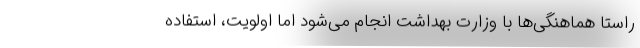
راستا هماهنگی‌ها با وزارت بهداشت انجام می‌شود اما اولویت، استفاده